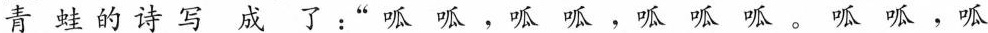
青 蛙 的 诗 写 成 了 ：” 呱 呱 ， 呱 呱 ， 呱 呱 呱 。 呱 呱 ， 呱